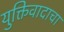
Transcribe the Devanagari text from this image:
युक्तिवादाचा